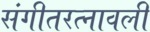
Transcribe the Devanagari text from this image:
संगीतरत्नावली